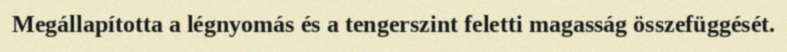
Megállapította a légnyomás és a tengerszint feletti magasság összefüggését.